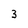
Character: 3